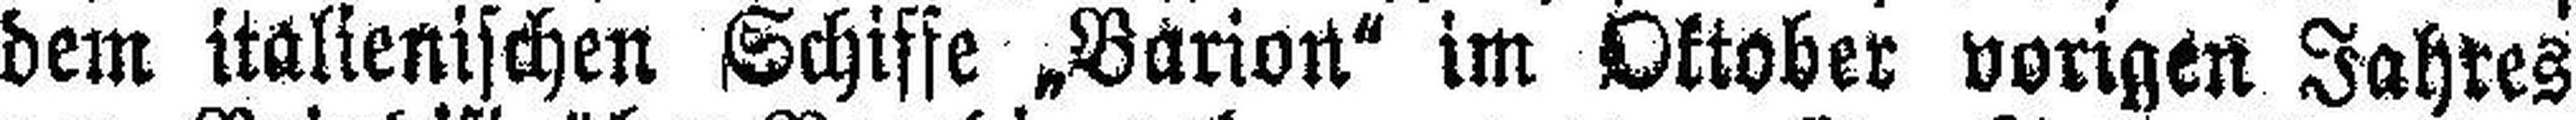
dem italienischen Schiffe „Barion“ im Oktober vorigen Jahres